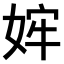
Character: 𫰴